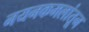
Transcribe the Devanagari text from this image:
नयनकमलांतून